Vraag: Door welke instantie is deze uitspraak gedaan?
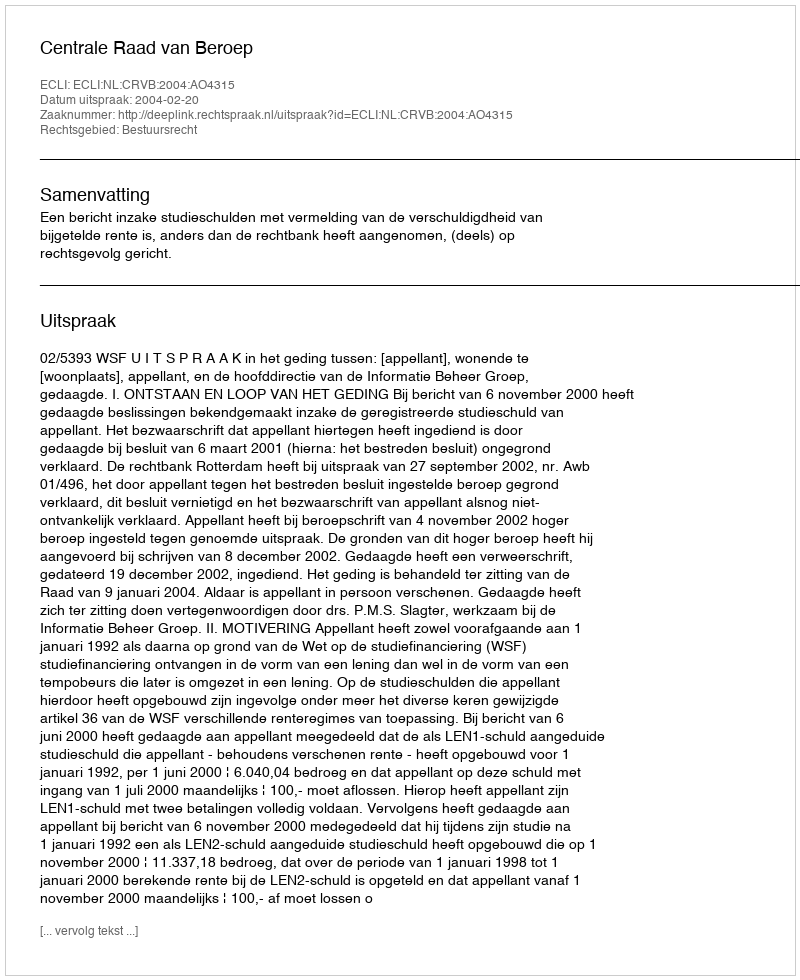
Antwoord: Centrale Raad van Beroep